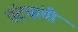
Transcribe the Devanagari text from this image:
तंट्यांची